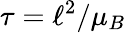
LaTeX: \tau=\ell^{2}/\mu_{B}